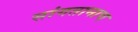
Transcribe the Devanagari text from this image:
सांगतानाच